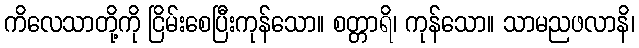
ကိလေသာတို့ကို ငြိမ်းစေပြီးကုန်သော။ စတ္တာရိ၊ ကုန်သော။ သာမညဖလာနိ၊